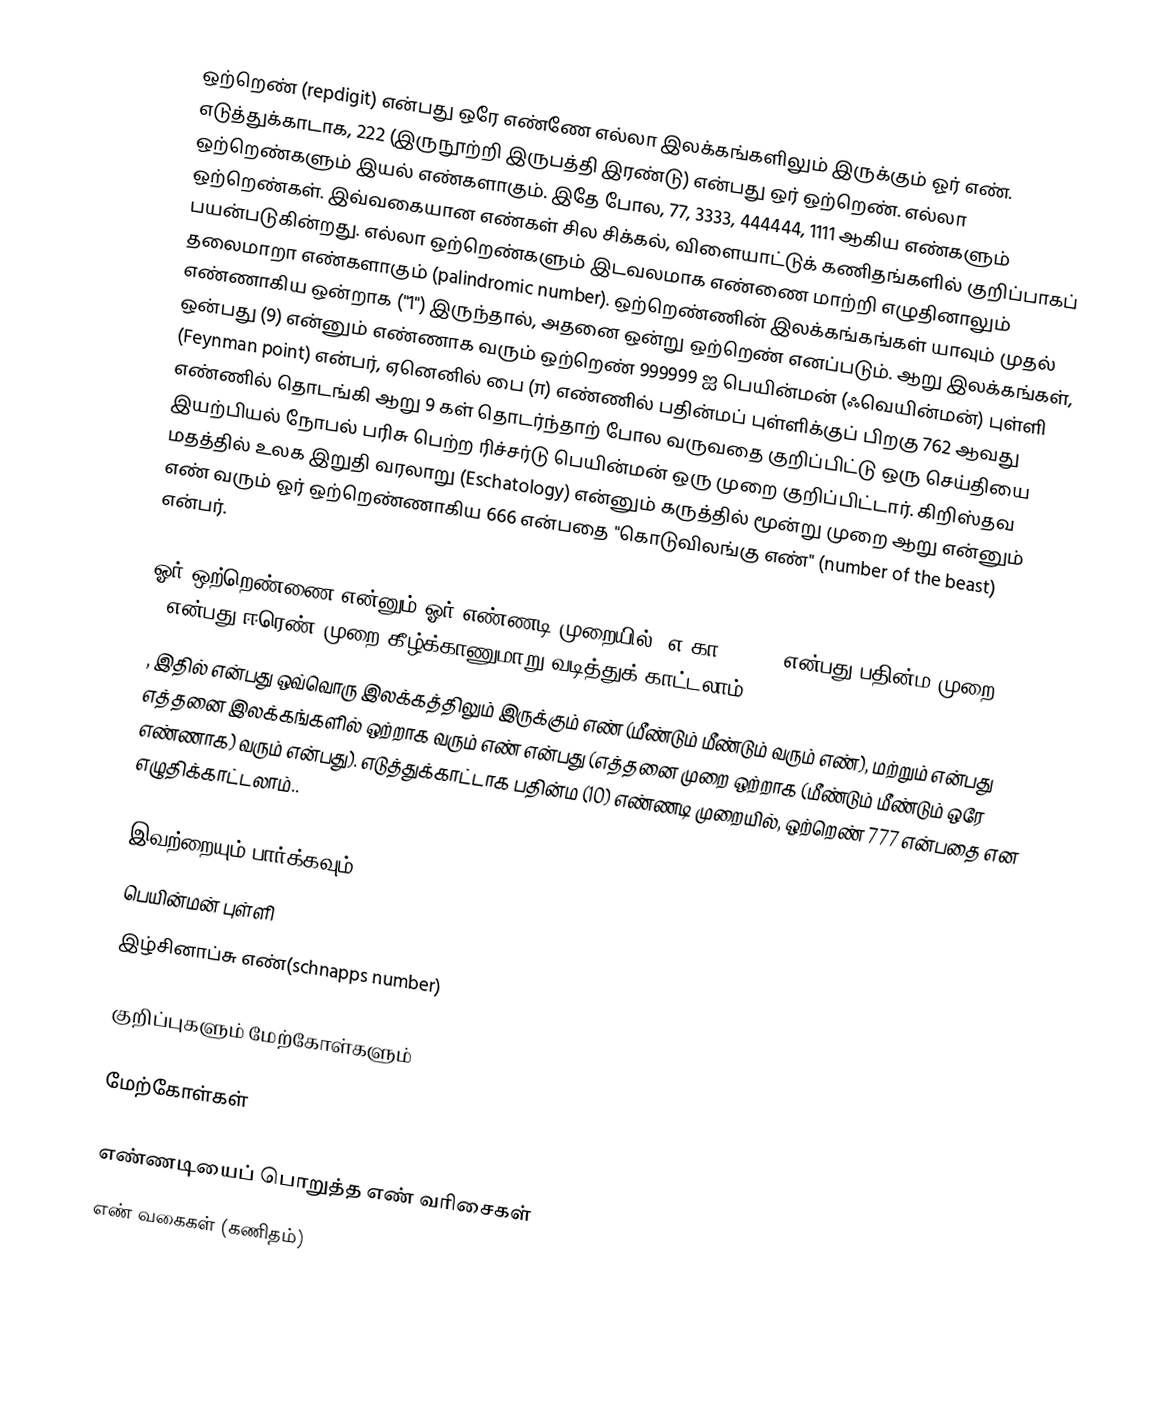
ஒற்றெண் (repdigit) என்பது ஒரே எண்ணே எல்லா இலக்கங்களிலும் இருக்கும் ஓர் எண். எடுத்துக்காடாக, 222 (இருநூற்றி இருபத்தி இரண்டு) என்பது ஒர் ஒற்றெண். எல்லா ஒற்றெண்களும் இயல் எண்களாகும். இதே போல, 77, 3333, 444444, 1111 ஆகிய எண்களும் ஒற்றெண்கள். இவ்வகையான எண்கள் சில சிக்கல், விளையாட்டுக் கணிதங்களில் குறிப்பாகப் பயன்படுகின்றது. எல்லா ஒற்றெண்களும் இடவலமாக எண்ணை மாற்றி எழுதினாலும் தலைமாறா எண்களாகும் (palindromic number). ஒற்றெண்ணின் இலக்கங்கங்கள் யாவும் முதல் எண்ணாகிய ஒன்றாக ("1") இருந்தால், அதனை ஒன்று ஒற்றெண் எனப்படும். ஆறு இலக்கங்கள், ஒன்பது (9) என்னும் எண்ணாக வரும் ஒற்றெண் 999999 ஐ பெயின்மன் (ஃவெயின்மன்) புள்ளி (Feynman point) என்பர், ஏனெனில் பை (π) எண்ணில் பதின்மப் புள்ளிக்குப் பிறகு 762 ஆவது எண்ணில் தொடங்கி ஆறு 9 கள் தொடர்ந்தாற் போல வருவதை குறிப்பிட்டு ஒரு செய்தியை இயற்பியல் நோபல் பரிசு பெற்ற ரிச்சர்டு பெயின்மன் ஒரு முறை குறிப்பிட்டார். கிறிஸ்தவ மதத்தில் உலக இறுதி வரலாறு (Eschatology) என்னும் கருத்தில் மூன்று முறை ஆறு என்னும் எண் வரும் ஓர் ஒற்றெண்ணாகிய  666 என்பதை "கொடுவிலங்கு எண்" (number of the beast) என்பர்.

ஓர் ஒற்றெண்ணை  என்னும் ஓர் எண்ணடி முறையில் (எ.கா B = 10 என்பது பதின்ம முறை; B = 2 என்பது ஈரெண் முறை)கீழ்க்காணுமாறு வடித்துக் காட்டலாம்.
, இதில்   என்பது ஒவ்வொரு இலக்கத்திலும் இருக்கும் எண் (மீண்டும் மீண்டும் வரும் எண்), மற்றும்  என்பது எத்தனை இலக்கங்களில் ஒற்றாக வரும் எண் என்பது (எத்தனை முறை ஒற்றாக (மீண்டும் மீண்டும் ஒரே எண்ணாக) வரும் என்பது). எடுத்துக்காட்டாக பதின்ம (10) எண்ணடி முறையில், ஒற்றெண் 777 என்பதை     என எழுதிக்காட்டலாம்..

இவற்றையும் பார்க்கவும்
பெயின்மன் புள்ளி
இழ்சினாப்சு எண்(schnapps number)

குறிப்புகளும் மேற்கோள்களும்

மேற்கோள்கள்

எண்ணடியைப் பொறுத்த எண் வரிசைகள்
எண் வகைகள் (கணிதம்)